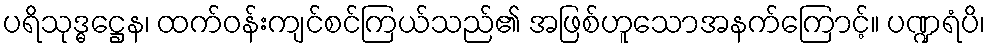
ပရိသုဒ္ဓဋ္ဌေန၊ ထက်ဝန်းကျင်စင်ကြယ်သည်၏ အဖြစ်ဟူသောအနက်ကြောင့်။ ပဏ္ဍရံပိ၊